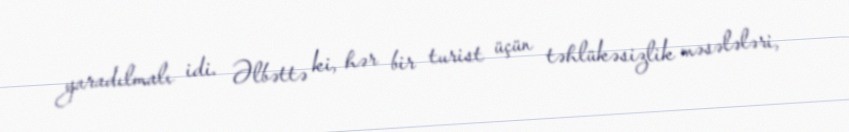
yaradılmalı idi. Əlbəttə ki, hər bir turist üçün təhlükəsizlik məsələləri,